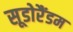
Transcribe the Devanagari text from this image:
सूडोरैंडम